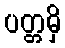
ပတ္တမှိ